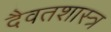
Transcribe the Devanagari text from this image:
दैवतशास्त्र